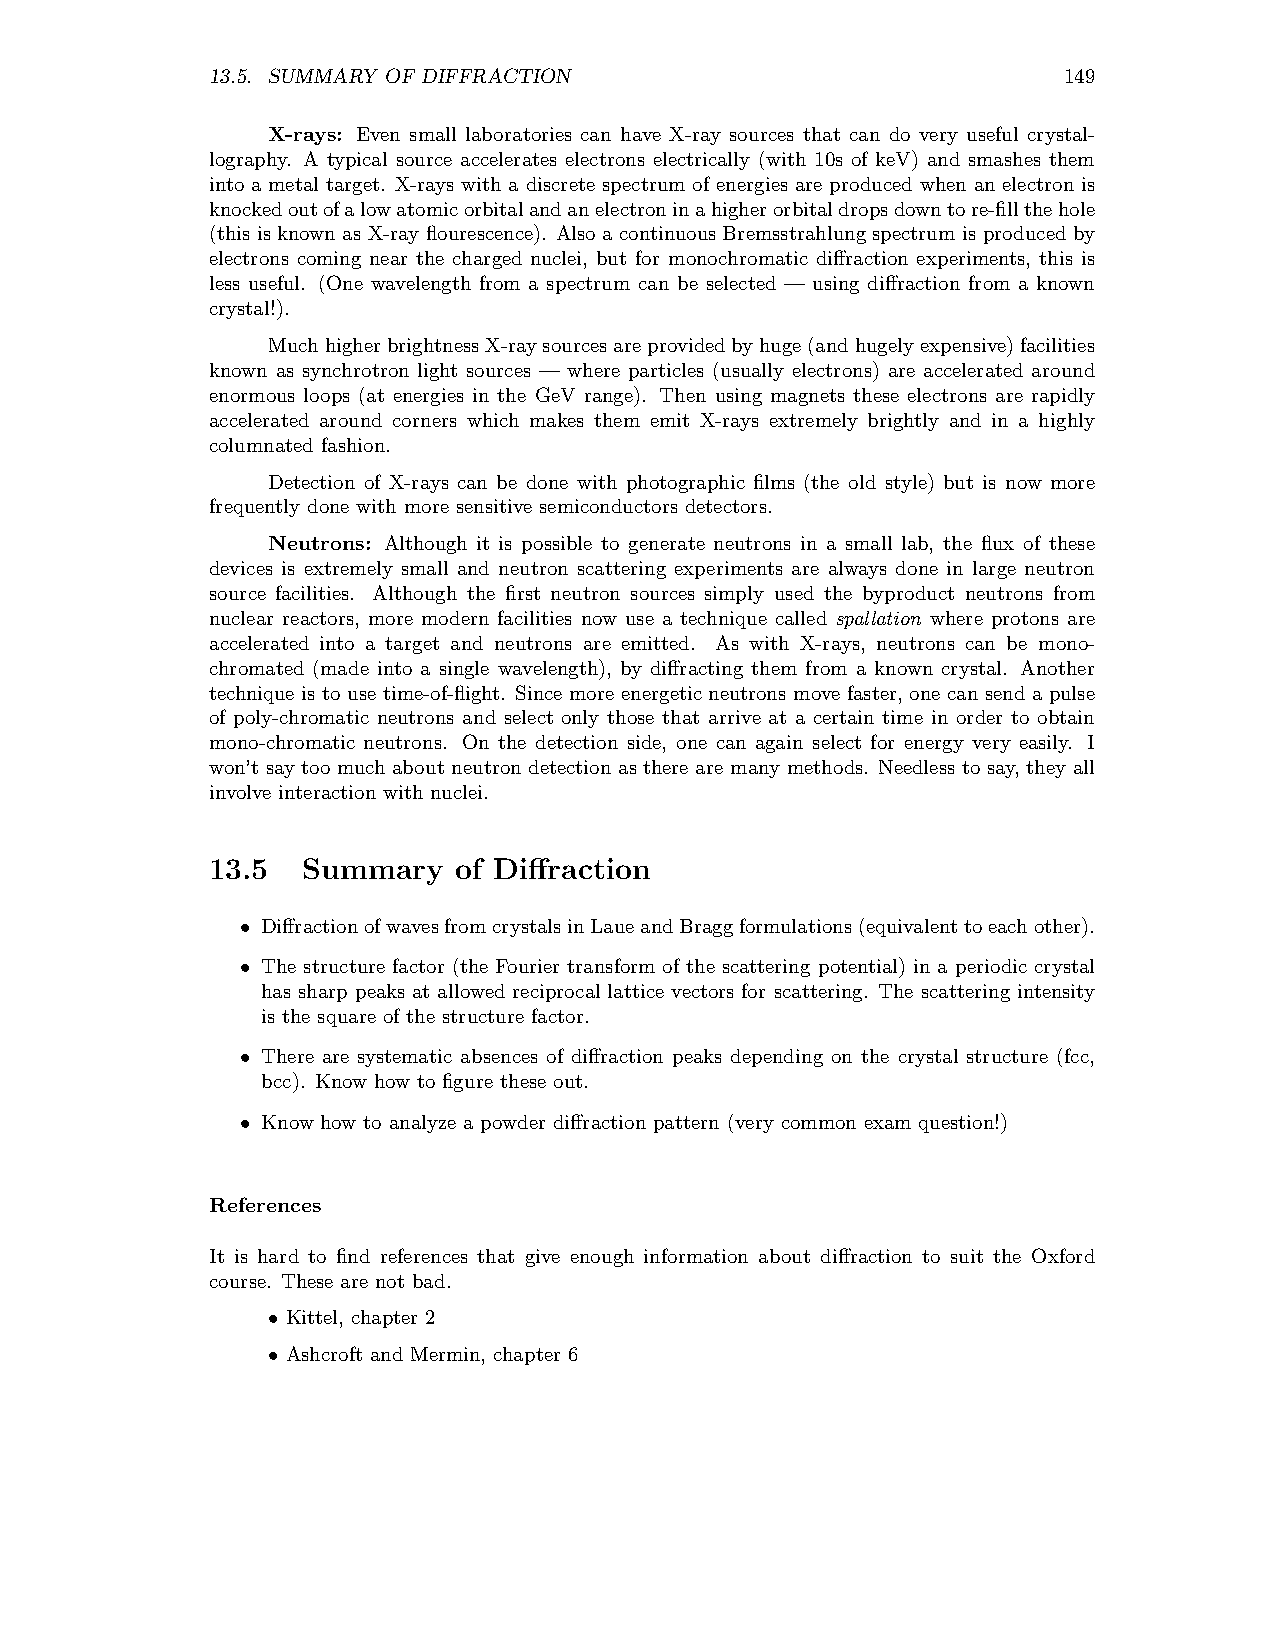
13.5. SUMMARY OF DIFFRACTION                            149
 X-rays: Even small laboratories can have X-ray sources that can do very useful crystal-
 lography. A typical source accelerates electrons electrically (with 10s of keV) and smashes them
 into a metal target. X-rays with a discrete spectrum of energies are produced when an electron is
 knockedoutofalowatomicorbitalandanelectroninahigherorbitaldropsdowntore-fillthehole
 (this is knownas X-ray flourescence). Also a continuous Bremsstrahlungspectrum is produced by
 electrons coming near the charged nuclei, but for monochromatic diffraction experiments, this is
 less useful. (One wavelength from a spectrum can be selected — using diffraction from a known
 crystal!).
 MuchhigherbrightnessX-raysourcesareprovidedbyhuge(andhugelyexpensive)facilities
 known as synchrotron light sources — where particles (usually electrons) are accelerated around
 enormous loops (at energies in the GeV range). Then using magnets these electrons are rapidly
 accelerated around corners which makes them emit X-rays extremely brightly and in a highly
 columnated fashion.
 Detection of X-rays can be done with photographic films (the old style) but is now more
 frequently done with more sensitive semiconductors detectors.
 Neutrons: Although it is possible to generate neutrons in a small lab, the flux of these
 devices is extremely small and neutron scattering experiments are always done in large neutron
 source facilities. Although the first neutron sources simply used the byproduct neutrons from
 nuclear reactors, more modern facilities now use a technique called spallation where protons are
 accelerated into a target and neutrons are emitted. As with X-rays, neutrons can be mono-
 chromated (made into a single wavelength), by diffracting them from a known crystal. Another
 technique is to use time-of-flight. Since more energetic neutrons move faster,one can send a pulse
 of poly-chromatic neutrons and select only those that arrive at a certain time in order to obtain
 mono-chromatic neutrons. On the detection side, one can again select for energy very easily. I
 won’t say too much about neutron detection as there are many methods. Needless to say,they all
 involve interaction with nuclei.
 13.5  Summary   of Diffraction
 DiffractionofwavesfromcrystalsinLaueandBraggformulations(equivalenttoeachother).
 •
 The structure factor (the Fourier transform of the scattering potential) in a periodic crystal
 •
 has sharp peaks at allowed reciprocal lattice vectors for scattering. The scattering intensity
 is the square of the structure factor.
 There are systematic absences of diffraction peaks depending on the crystal structure (fcc,
 •
 bcc). Know how to figure these out.
 Know how to analyze a powder diffraction pattern (very common exam question!)
 •
 References
 It is hard to find references that give enough information about diffraction to suit the Oxford
 course. These are not bad.
 Kittel, chapter 2
 •
 Ashcroft and Mermin, chapter 6
 •